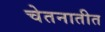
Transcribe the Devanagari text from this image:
चेतनातीत